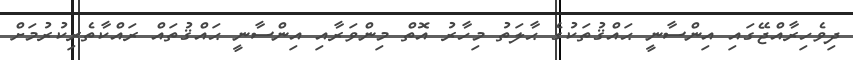
ދިވެހިރާއްޖޭގައި އިންސާނީ ޙައްޤުތަކުގެ ޙާލަތު މިހާރު އޮތް މިންވަރާއި އިންސާނީ ޙައްޤުތައް ރައްކާތެރިކުރުމަށް